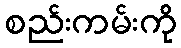
စည်းကမ်းကို